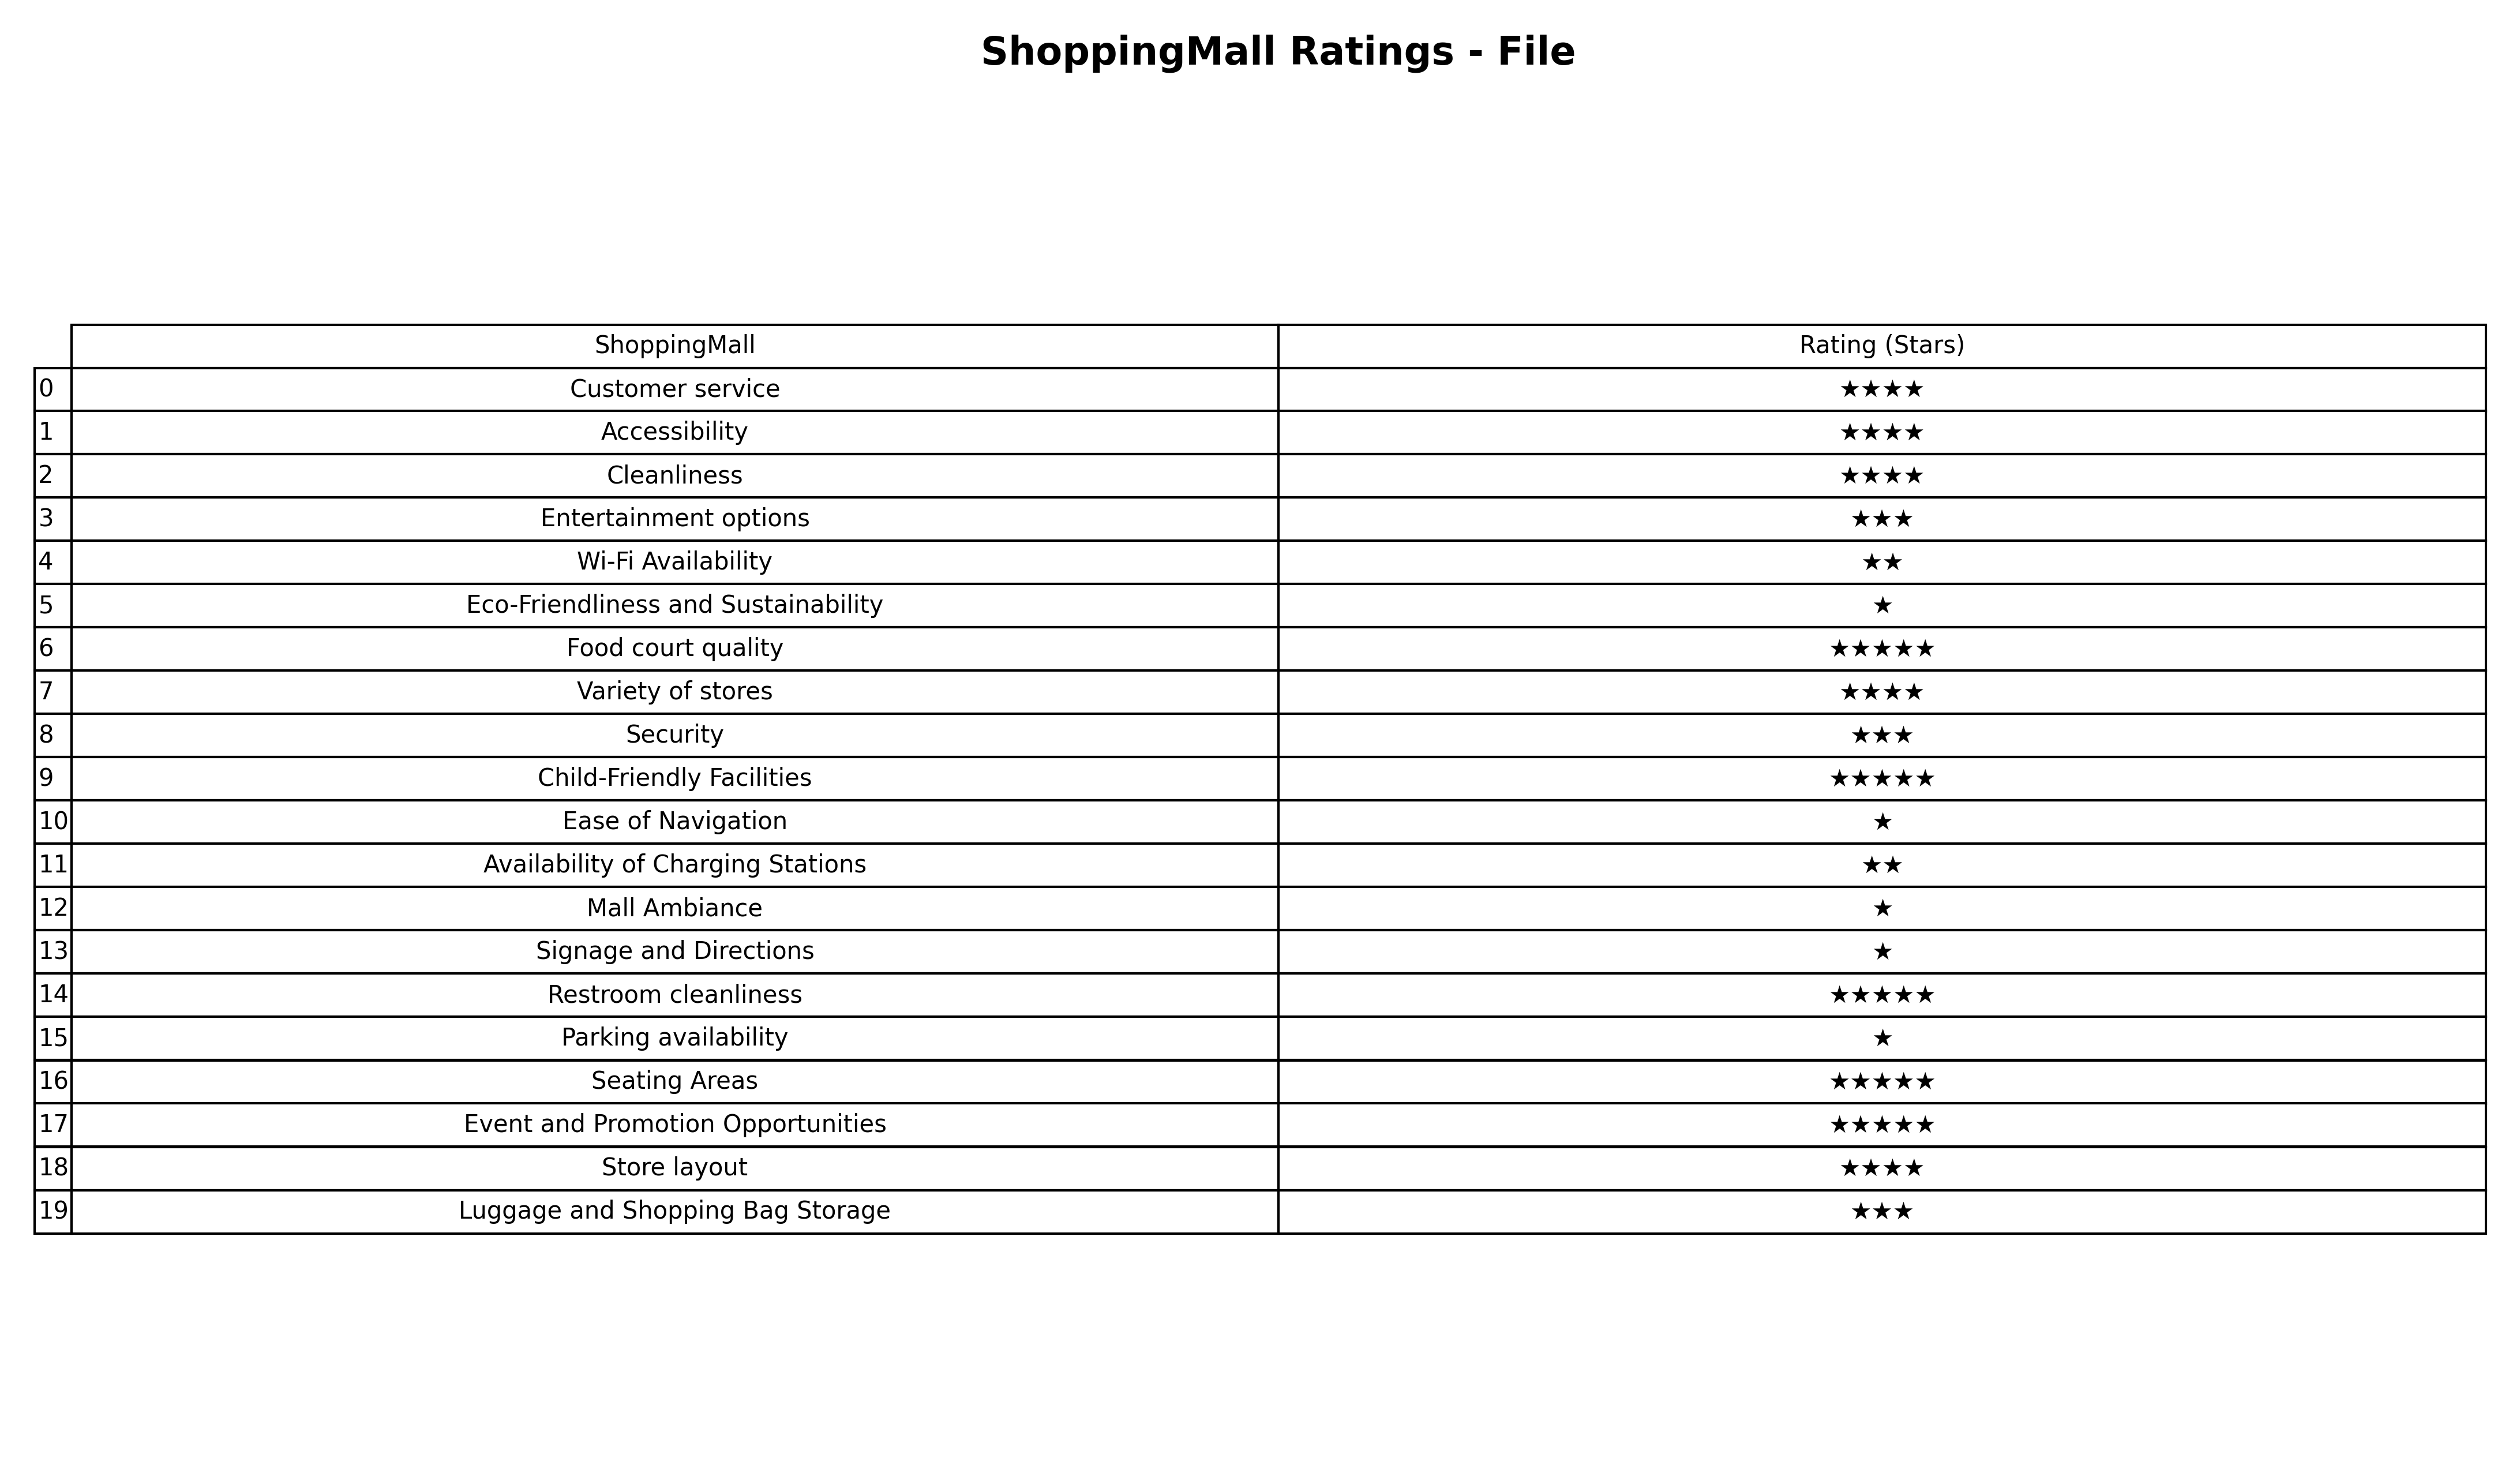
question: What are three star services?
answer: Entertainment optionsSecurityLuggage and Shopping Bag Storage